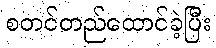
စတင်တည်ထောင်ခဲ့ပြီး